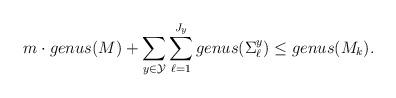
LaTeX: \begin{align*}m\cdot genus(M) + \sum_{y\in\mathcal{Y}}\sum_{\ell=1}^{J_y} genus (\Sigma^y_\ell) \leq genus (M_k).\end{align*}